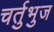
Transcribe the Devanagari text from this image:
चर्तुभुज